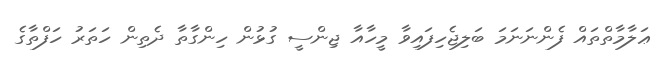
ޢަލާމާތްތައް ފެންނަނަމަ ބަލިޖެހިފައިވާ މީހާއާ ޖިންސީ ގުޅުން ހިންގާތާ ދެތިން ހަތަރު ހަފްތާގެ